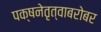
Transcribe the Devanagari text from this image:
पक्षनेतृत्वाबरोबर